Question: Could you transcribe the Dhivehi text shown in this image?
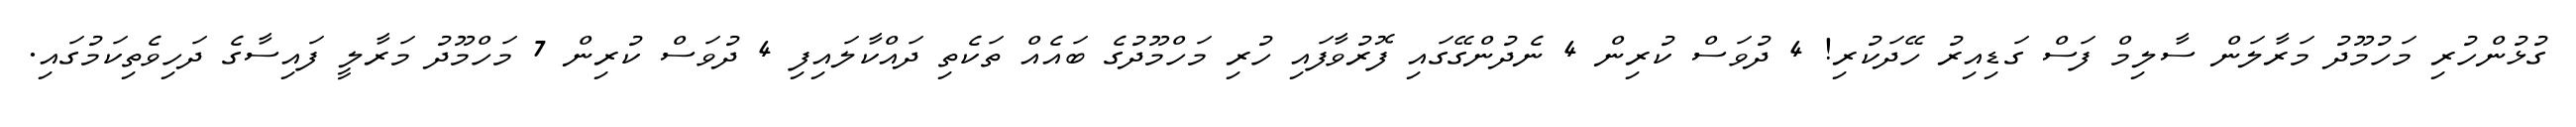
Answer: ގުޅުންހުރި މަހުމޫދު މަރާލަން ސާލިމް ފަސް ގަޑިއިރު ހޭދަކުރި! 4 ދުވަސް ކުރިން 4 ނެދުންގޭގައި ފޮރުވާފައި ހުރި މަހްމޫދުގެ ބައެއް ތަކެތި ދައްކާލައިފި 4 ދުވަސް ކުރިން 7 މަހްމޫދު މަރާލީ ފައިސާގެ ދަހިވެތިކަމުގައި.